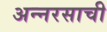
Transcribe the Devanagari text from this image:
अन्नरसाची